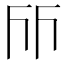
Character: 𠀞